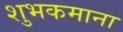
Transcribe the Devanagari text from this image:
शुभकमाना